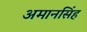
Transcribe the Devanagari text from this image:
अमानसिंह